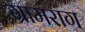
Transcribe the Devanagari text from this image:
ग्रामराग